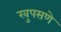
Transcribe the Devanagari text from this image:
खुपसणे